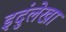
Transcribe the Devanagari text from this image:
इदुंलेखा